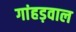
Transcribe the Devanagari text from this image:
गांहड़वाल